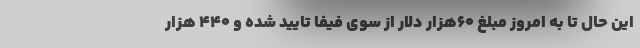
این حال تا به امروز مبلغ ۶۰هزار دلار از سوی فیفا تایید شده و ۴۴۰ هزار